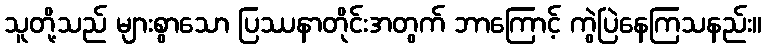
သူတို့သည် များစွာသော ပြဿနာတိုင်းအတွက် ဘာကြောင့် ကွဲပြဲနေကြသနည်း။